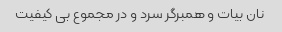
نان بیات و همبرگر سرد و در مجموع بی کیفیت